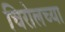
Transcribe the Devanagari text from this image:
चिरोलच्या